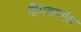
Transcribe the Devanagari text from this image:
हिमकणांत